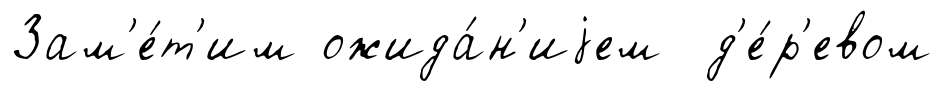
Зам'е́т'им ожида́н'иjем д'е́р'евом